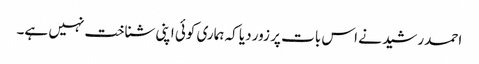
احمد رشید نے اس بات پر زور دیا کہ ہماری کوئی اپنی شناخت نہیں ہے۔